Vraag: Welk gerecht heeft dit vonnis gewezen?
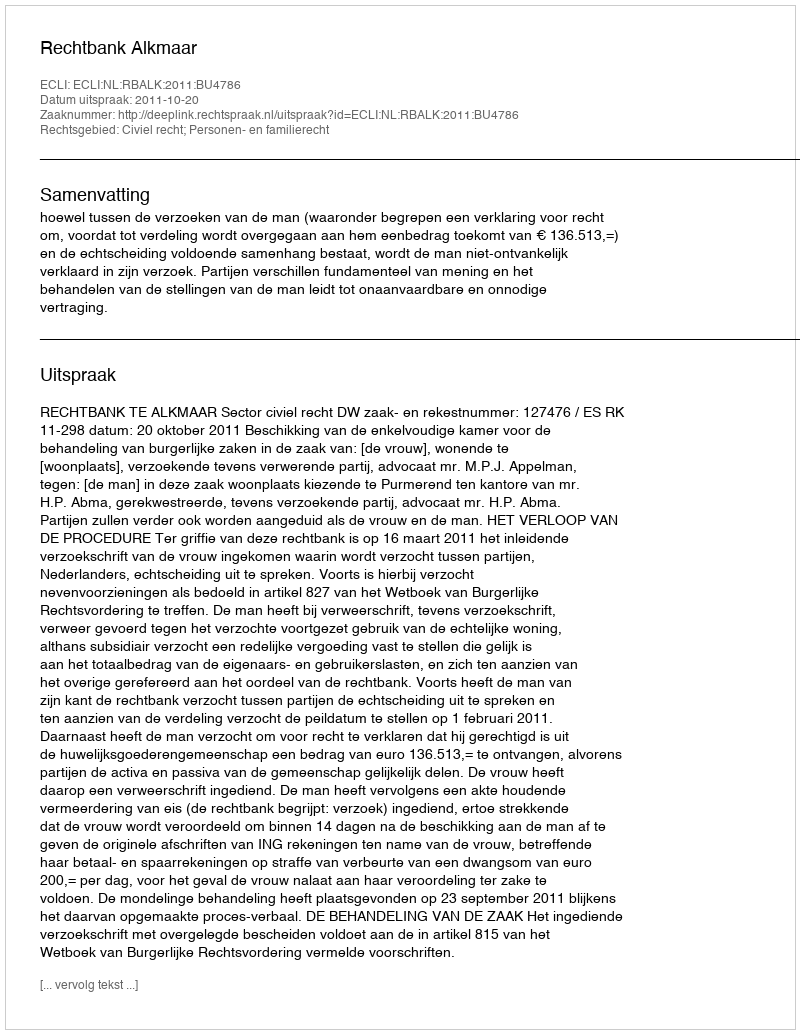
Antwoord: Rechtbank Alkmaar